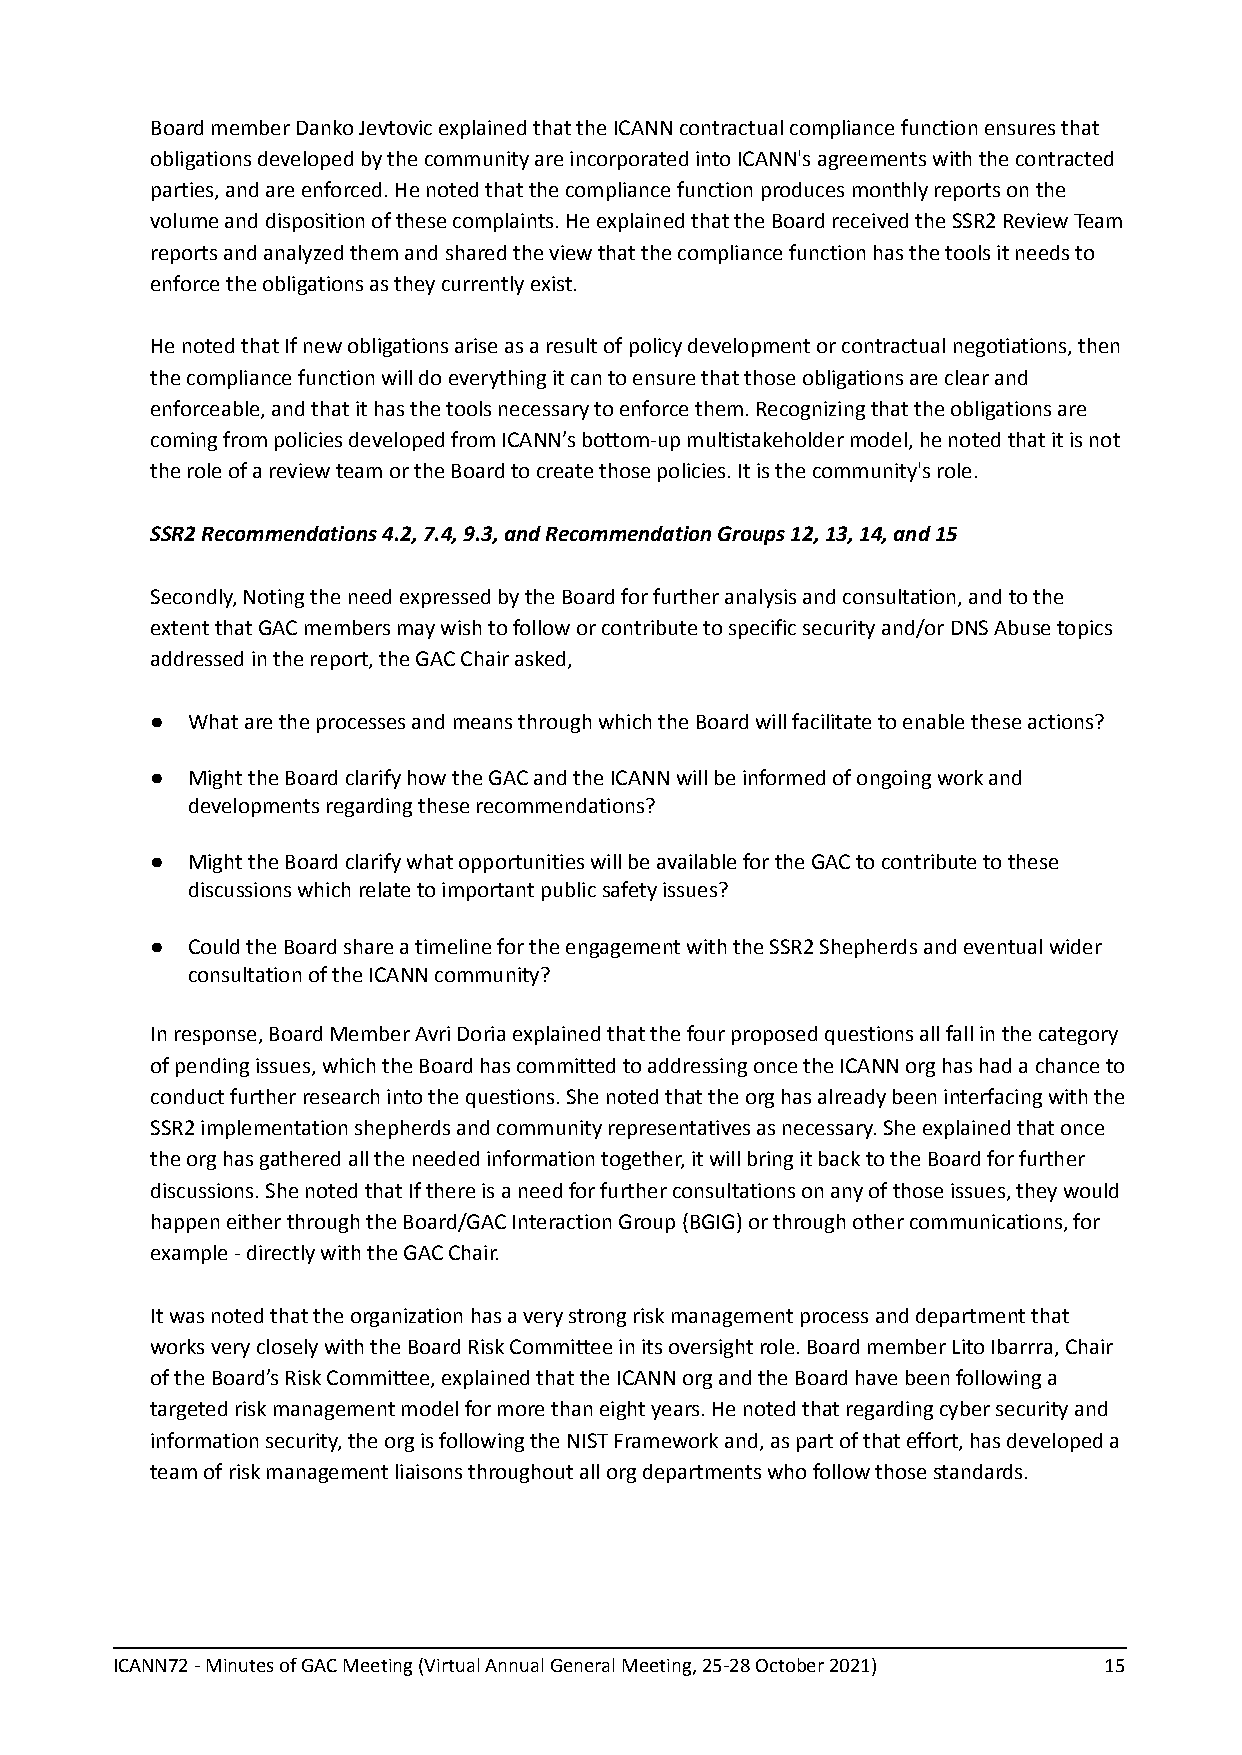
Board member Danko Jevtovic explained that the ICANN contractual compliance function ensures that
 obligations developed by the community are incorporated into ICANN's agreements with the contracted
 parties, and are enforced. He noted that the compliance function produces monthly reports on the
 volume and disposition of these complaints. He explained that the Board received the SSR2 Review Team
 reports and analyzed them and shared the view that the compliance function has the tools it needs to
 enforce the obligations as they currently exist.
 He noted that If new obligations arise as a result of policy development or contractual negotiations, then
 the compliance function will do everything it can to ensure that those obligations are clear and
 enforceable, and that it has the tools necessary to enforce them. Recognizing that the obligations are
 coming from policies developed from ICANN’s bottom-up multistakeholder model, he noted that it is not
 the role of a review team or the Board to create those policies. It is the community's role.
 SSR2 Recommendations 4.2, 7.4, 9.3, and Recommendation Groups 12, 13, 14, and 15
 Secondly, Noting the need expressed by the Board for further analysis and consultation, and to the
 extent that GAC members may wish to follow or contribute to specific security and/or DNS Abuse topics
 addressed in the report, the GAC Chair asked,
 ● What are the processes and means through which the Board will facilitate to enable these actions?
 ● Might the Board clarify how the GAC and the ICANN will be informed of ongoing work and
 developments regarding these recommendations?
 ● Might the Board clarify what opportunities will be available for the GAC to contribute to these
 discussions which relate to important public safety issues?
 ● Could the Board share a timeline for the engagement with the SSR2 Shepherds and eventual wider
 consultation of the ICANN community?
 In response, Board Member Avri Doria explained that the four proposed questions all fall in the category
 of pending issues, which the Board has committed to addressing once the ICANN org has had a chance to
 conduct further research into the questions. She noted that the org has already been interfacing with the
 SSR2 implementation shepherds and community representatives as necessary. She explained that once
 the org has gathered all the needed information together, it will bring it back to the Board for further
 discussions. She noted that If there is a need for further consultations on any of those issues, they would
 happen either through the Board/GAC Interaction Group (BGIG) or through other communications, for
 example - directly with the GAC Chair.
 It was noted that the organization has a very strong risk management process and department that
 works very closely with the Board Risk Committee in its oversight role. Board member Lito Ibarrra, Chair
 of the Board’s Risk Committee, explained that the ICANN org and the Board have been following a
 targeted risk management model for more than eight years. He noted that regarding cyber security and
 information security, the org is following the NIST Framework and, as part of that effort, has developed a
 team of risk management liaisons throughout all org departments who follow those standards.
 ICANN72 - Minutes of GAC Meeting (Virtual Annual General Meeting, 25-28 October 2021) 15